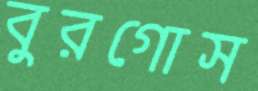
বুরগোস